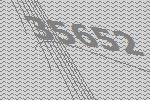
35652